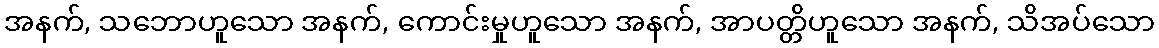
အနက်, သဘောဟူသော အနက်, ကောင်းမှုဟူသော အနက်, အာပတ္တိဟူသော အနက်, သိအပ်သော